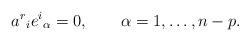
LaTeX: \begin{align*}a^r{}_i e^i{}_\alpha = 0, \qquad \alpha = 1,\ldots, n-p.\end{align*}